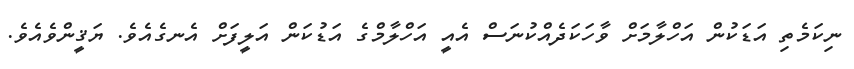
ނިކަމެތި އަޑަކުން އަހްލާމަށް ވާހަކަދެއްކުނަސް އެއީ އަހްލާމްގެ އަޑުކަން އަލީފަށް އެނގެއެވެ. ޔަޤީންވެއެވެ.